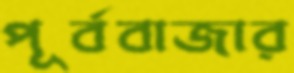
পূর্ববাজার